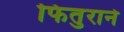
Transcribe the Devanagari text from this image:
फितुराने